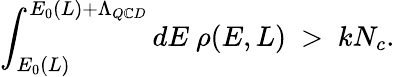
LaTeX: \int_{E_{0}(L)}^{E_{0}(L)+\Lambda_{Q\mathbb{C}D}}dE~\rho(E,L)~>~kN_{c}.